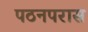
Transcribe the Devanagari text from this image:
पठनपरास